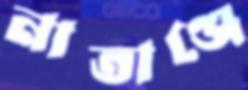
নাতাঞ্জে